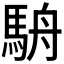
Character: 𩢸